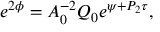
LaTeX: e ^ { 2 \phi } = A _ { 0 } ^ { - 2 } Q _ { 0 } e ^ { \psi + P _ { 2 } \tau } ,